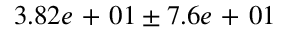
3 . 8 2 e \mathrm { ~ + ~ } 0 1 \pm 7 . 6 e \mathrm { ~ + ~ } 0 1